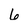
Character: 6